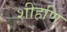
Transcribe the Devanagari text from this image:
शीहणि